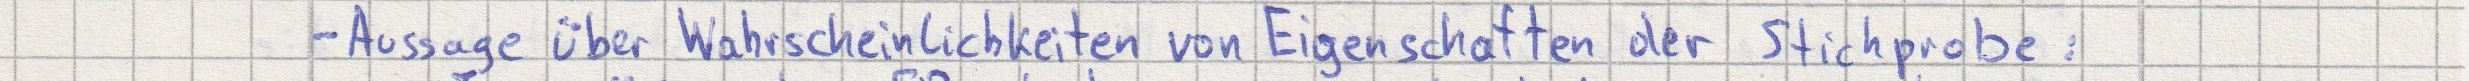
- Aussage über Wahrscheinlichkeiten von Eigenschaften der Stichprobe: